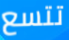
تتسع